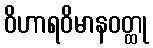
ဝိဟာရဝိမာနဝတ္ထု